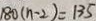
1 8 0 ( n - 2 ) = 1 3 5